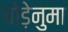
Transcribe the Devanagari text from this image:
घोड़ेनुमा